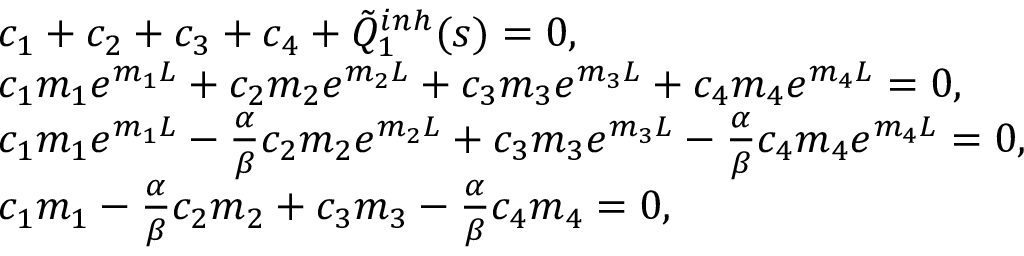
\begin{array} { r l } & { c _ { 1 } + c _ { 2 } + c _ { 3 } + c _ { 4 } + \tilde { Q } _ { 1 } ^ { i n h } ( s ) = 0 , } \\ & { c _ { 1 } m _ { 1 } e ^ { m _ { 1 } L } + c _ { 2 } m _ { 2 } e ^ { m _ { 2 } L } + c _ { 3 } m _ { 3 } e ^ { m _ { 3 } L } + c _ { 4 } m _ { 4 } e ^ { m _ { 4 } L } = 0 , } \\ & { c _ { 1 } m _ { 1 } e ^ { m _ { 1 } L } - \frac { \alpha } { \beta } c _ { 2 } m _ { 2 } e ^ { m _ { 2 } L } + c _ { 3 } m _ { 3 } e ^ { m _ { 3 } L } - \frac { \alpha } { \beta } c _ { 4 } m _ { 4 } e ^ { m _ { 4 } L } = 0 , } \\ & { c _ { 1 } m _ { 1 } - \frac { \alpha } { \beta } c _ { 2 } m _ { 2 } + c _ { 3 } m _ { 3 } - \frac { \alpha } { \beta } c _ { 4 } m _ { 4 } = 0 , } \end{array}